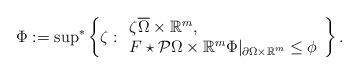
LaTeX: \begin{align*}\Phi:= {\sup}^*\left\{\zeta: \begin{array}{l} \zeta \overline{\Omega}\times \mathbb R^m, \\F\star \mathcal P\Omega\times \mathbb R^m \Phi|_{\partial \Omega\times \mathbb R^m} \le \phi\end{array}\right\}.\end{align*}